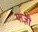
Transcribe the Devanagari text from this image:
याज्ञी